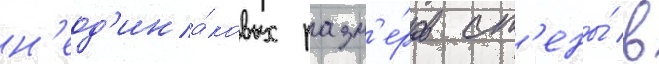
н'еод'ина́ковых разм'е́ров ст'ены́ в